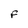
Character: F